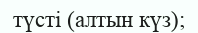
түсті (алтын күз);